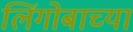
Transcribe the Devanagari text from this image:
लिंगोबाच्या